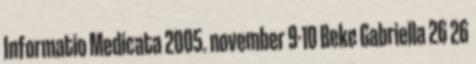
Informatio Medicata 2005. november 9-10 Beke Gabriella 26 26